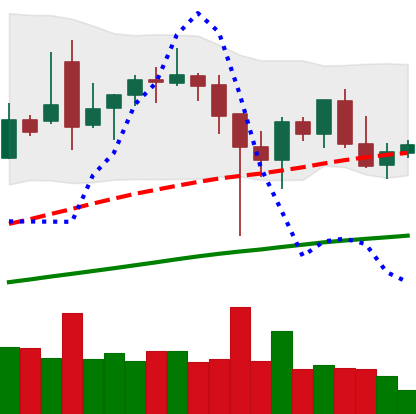
Ticker: BNB-USD
Chart end date: 2021-12-12
Forward return: -7.904%
Label: down_7plus